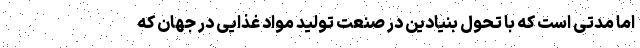
اما مدتی است که با تحول بنیادین در صنعت تولید مواد غذایی در جهان که